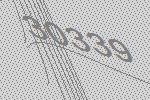
30339